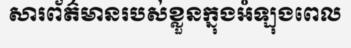
សារព័ត៌មានរបស់ខ្លួនក្នុងអំឡុងពេល